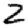
Digit: 2